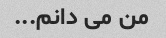
من می دانم...